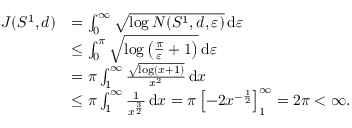
\begin{array} { r l } { J ( S ^ { 1 } , d ) } & { = \int _ { 0 } ^ { \infty } \sqrt { \log N ( S ^ { 1 } , d , \varepsilon ) } \, \mathrm { d } \varepsilon } \\ & { \leq \int _ { 0 } ^ { \pi } \sqrt { \log \left( \frac { \pi } { \varepsilon } + 1 \right) } \, \mathrm { d } \varepsilon } \\ & { = \pi \int _ { 1 } ^ { \infty } \frac { \sqrt { \log \left( x + 1 \right) } } { x ^ { 2 } } \, \mathrm { d } x } \\ & { \leq \pi \int _ { 1 } ^ { \infty } \frac { 1 } { x ^ { \frac { 3 } { 2 } } } \, \mathrm { d } x = \pi \left[ - 2 x ^ { - \frac { 1 } { 2 } } \right] _ { 1 } ^ { \infty } = 2 \pi < \infty . } \end{array}